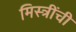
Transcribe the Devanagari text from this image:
मिस्त्रींची